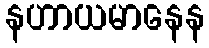
နဟာယမာနေန